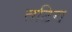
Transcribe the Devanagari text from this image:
तटिय